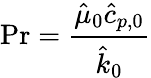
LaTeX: \mathrm{Pr}=\frac{\hat{\mu}_{0}\hat{c}_{p,0}}{\hat{k}_{0}}